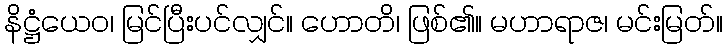
နိဋ္ဌံယေဝ၊ မြင်ပြီးပင်လျှင်။ ဟောတိ၊ ဖြစ်၏။ မဟာရာဇ၊ မင်းမြတ်။